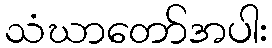
သံဃာတော်အပါး